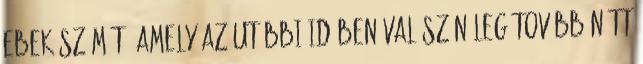
ebek számát, amely az utóbbi időben valószínűleg tovább nőtt